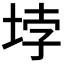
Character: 𡋯